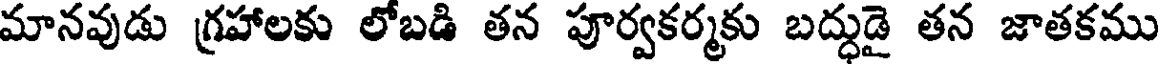
మానవుడు గ్రహాలకు లోబడి తన పూర్వకర్మకు బద్ధుడై తన జాతకము